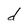
Character: d